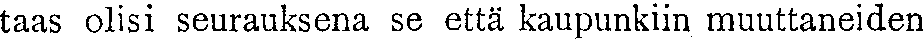
taas olisi seurauksena se että kaupunkiin muuttaneiden